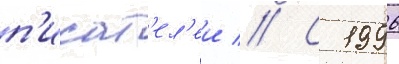
п'исат'ел'еи // С 1996